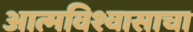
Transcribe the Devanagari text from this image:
आत्मविश्वासाचा